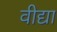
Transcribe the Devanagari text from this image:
वीद्या